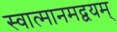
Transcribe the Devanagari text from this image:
स्वात्मानमद्वयम्